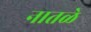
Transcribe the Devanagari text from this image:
नातळे